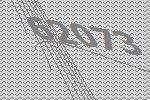
62073